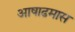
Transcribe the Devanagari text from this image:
अाषाढमास